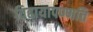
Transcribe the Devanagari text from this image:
विहायापण्णति